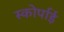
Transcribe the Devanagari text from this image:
स्कोर्पाई